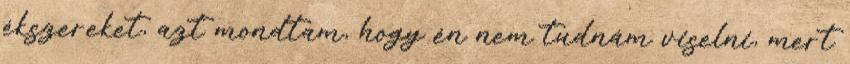
ékszereket, azt mondtam, hogy én nem tudnám viselni, mert